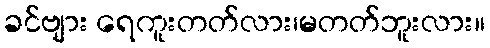
ခင်ဗျား ရေကူးတတ်လား၊မတတ်ဘူးလား။